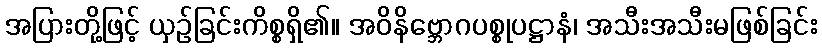
အပြားတို့ဖြင့် ယှဉ်ခြင်းကိစ္စရှိ၏။ အဝိနိဗ္ဘောဂပစ္စုပဋ္ဌာနံ၊ အသီးအသီးမဖြစ်ခြင်း